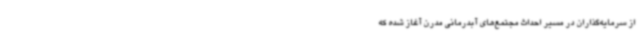
از سرمایه‌گذاران در مسیر احداث مجتمع‌های آبدرمانی مدرن آغاز شده که